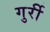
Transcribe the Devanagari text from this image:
गुर्री